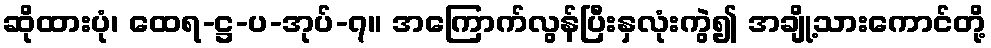
ဆိုထားပုံ၊ ထေရ-ဋ္ဌ-ပ-အုပ်-၇။ အကြောက်လွန်ပြီးနှလုံးကွဲ၍ အချို့သားကောင်တို့